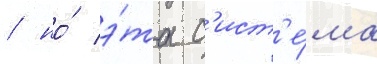
/ но́ э́та с'ист'е́ма